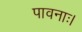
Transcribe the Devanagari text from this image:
पावनाः।